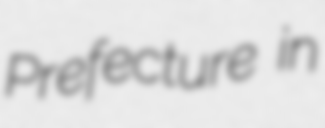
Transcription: Prefecture in